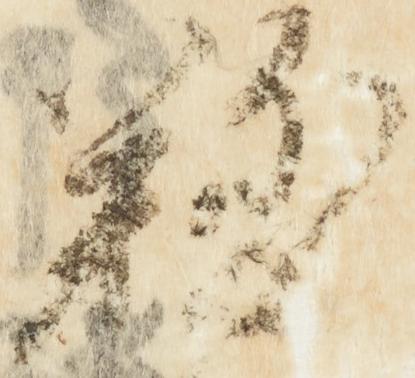
難